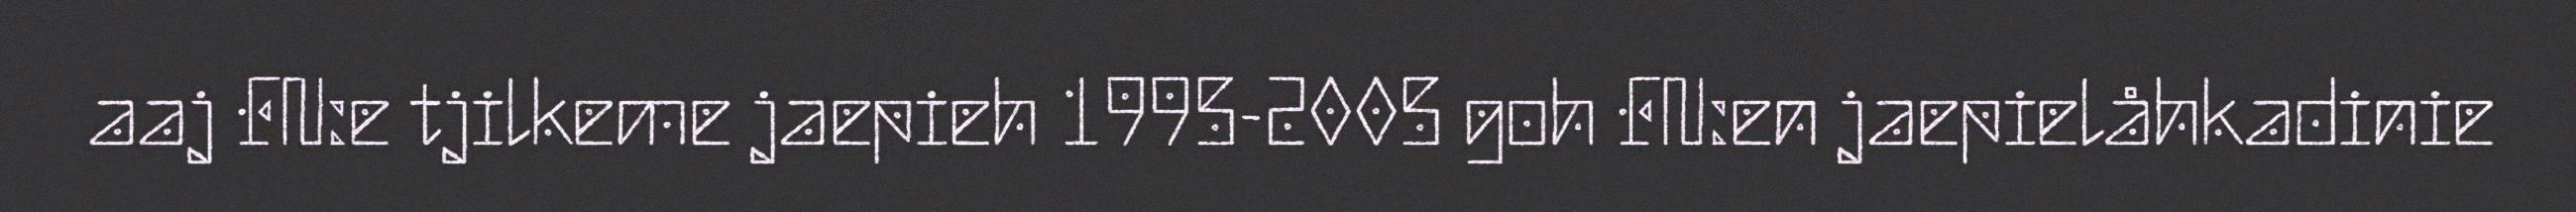
aaj FN:e tjilkeme jaepieh 1995-2005 goh FN:en jaepielåhkadinie